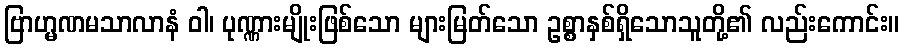
ဗြာဟ္မဏမသာလာနံ ဝါ၊ ပုဏ္ဏားမျိုးဖြစ်သော များမြတ်သော ဥစ္စာနှစ်ရှိသောသူတို့၏ လည်းကောင်း။